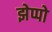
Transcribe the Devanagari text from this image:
झेप्पो